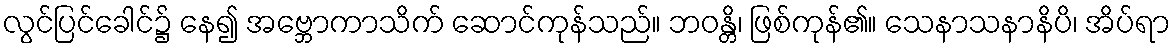
လွင်ပြင်ခေါင်၌ နေ၍ အဗ္ဘောကာသိက် ဆောင်ကုန်သည်။ ဘဝန္တိ၊ ဖြစ်ကုန်၏။ သေနာသနာနိပိ၊ အိပ်ရာ